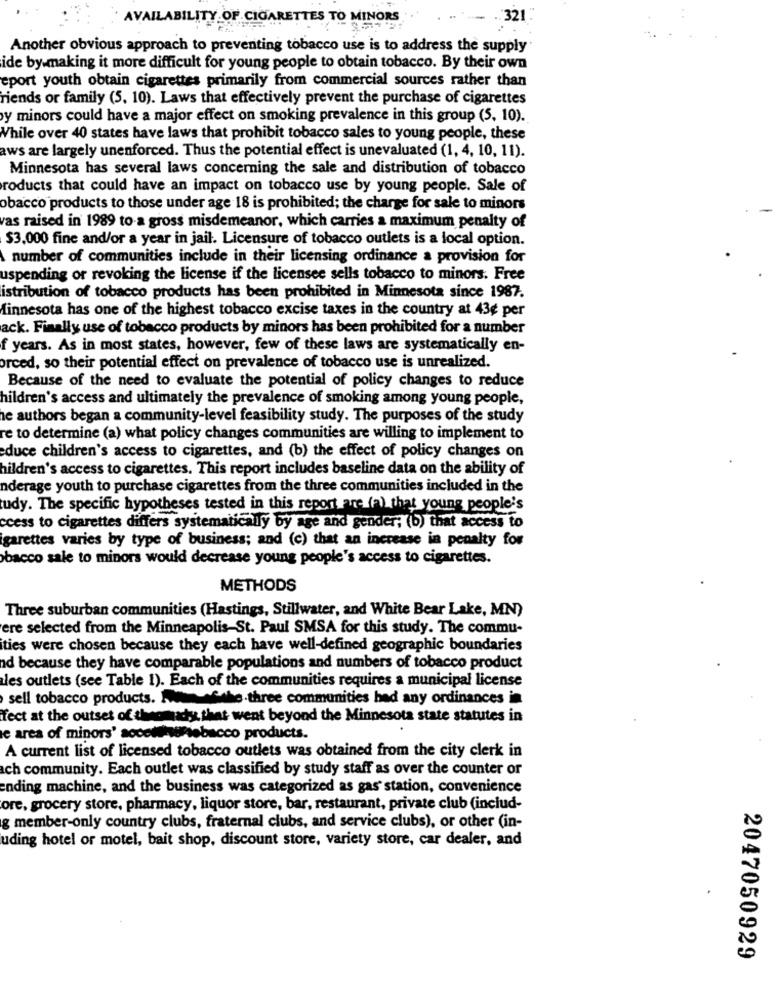
AVAILABILITY OF CIGARETTES TO MINORS
:321
Another obvious approach to preventing tobacco use is to address the supply
ide by making it more difficult for young people to obtain tobacco. By their own
eport youth obtain cigarettes primarily from commercial sources rather than
riends or family (5, 10). Laws that effectively prevent the purchase of cigarettes
y minors could have a major effect on smoking prevalence in this group (5, 10).
While over 40 states have laws that prohibit tobacco sales to young people, these
aws are largely unenforced. Thus the potential effect is unevaluated (1, 4, 10, 11).
Minnesota has several laws concerning the sale and distribution of tobacco
roducts that could have an impact on tobacco use by young people. Sale of
obacco products to those under age 18 is prohibited; the charge for sale to minors
vas raised in 1989 to-a gross misdemeanor, which carries a maximum penalty of
$3,000 fine and/or a year in jail. Licensure of tobacco outlets is a local option.
number of communities include in their licensing ordinance a provision for
uspending or revoking the license if the licensee sells tobacco to minors. Free
istribution of tobacco products has been prohibited in Minnesota since 1987.
Minnesota has one of the highest tobacco excise taxes in the country at 43¢ per
ack. Finally use of tobacco products by minors has been prohibited for a number
f years. As in most states, however, few of these laws are systematically en-
orced, so their potential effect on prevalence of tobacco use is unrealized.
Because of the need to evaluate the potential of policy changes to reduce
hildren's access and ultimately the prevalence of smoking among young people,
le authors began a community-level feasibility study. The purposes of the study
re to determine (a) what policy changes communities are willing to implement to
educe children's access to cigarettes, and (b) the effect of policy changes on
hildren's access to cigarettes. This report includes baseline data on the ability of
nderage youth to purchase cigarettes from the three communities included in the
tudy. The specific hypotheses tested in this report are (2) that young people's
ccess to cigarettes differs systematically by age and gender; (b) that access to
igarettes varies by type of business; and (c) that an increase in penalty for
bacco sale to minors would decrease young people's access to cigarettes.
METHODS
Three suburban communities (Hastings, Stillwater, and White Bear Lake, MN)
ere selected from the Minneapolis-St. Paul SMSA for this study. The commu-
ities were chosen because they each have well-defined geographic boundaries
nd because they have comparable populations and numbers of tobacco product
les outlets (see Table 1). Each of the communities requires a municipal license
sell tobacco products. Aufthe three communities had any ordinances in
Tect at the outset of timeomady that went beyond the Minnesota state statutes in
e area of minors' accettinuriebacco products.
A current list of licensed tobacco outlets was obtained from the city clerk in
ich community. Each outlet was classified by study staff as over the counter or
ending machine, and the business was categorized as gas station, convenience
ore, grocery store, pharmacy, liquor store, bar, restaurant, private club (includ-
g member-only country clubs, fraternal clubs, and service clubs), or other (in-
uding hotel or motel, bait shop, discount store, variety store, car dealer, and
2047050929